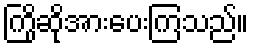
ကြိုဆိုအားပေးကြသည်။